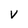
Character: V